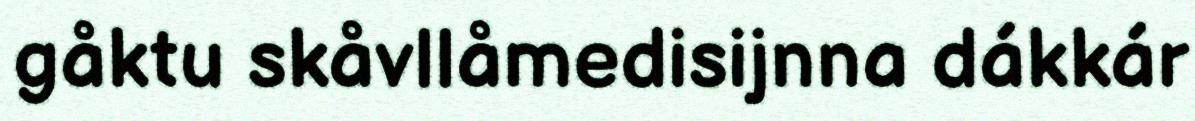
gåktu skåvllåmedisijnna dákkár